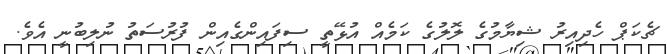
ޗެކަޕް ހެދިއިރު ޝިޔާމުގެ ލޮލުގެ ކަމެއް އުޅޭތީ ސިފައިންގެއިން ފުރުސަތު ނުލިބުނީ އެވެ.